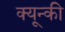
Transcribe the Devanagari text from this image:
क्यून्की